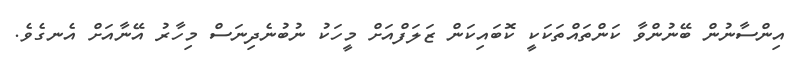
އިންސާނުން ބޭނުންވާ ކަންތައްތަކަކީ ކޮބައިކަން ޒަލަފްއަށް މީހަކު ނުބުނެދިނަސް މިހާރު އޭނާއަށް އެނގެވެ.